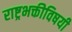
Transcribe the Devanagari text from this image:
राष्ट्रभक्तीविषयी